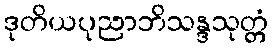
ဒုတိယပုညာဘိသန္ဒသုတ္တံ